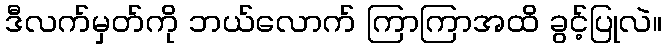
ဒီလက်မှတ်ကို ဘယ်လောက် ကြာကြာအထိ ခွင့်ပြုလဲ။